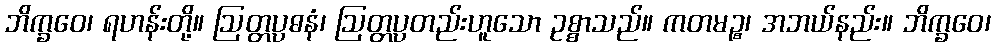
ဘိက္ခဝေ၊ ရဟန်းတို့။ ဩတ္တပ္ပဓနံ၊ ဩတ္တပ္ပတည်းဟူသော ဥစ္စာသည်။ ကတမဉ္စ၊ အဘယ်နည်း။ ဘိက္ခဝေ၊